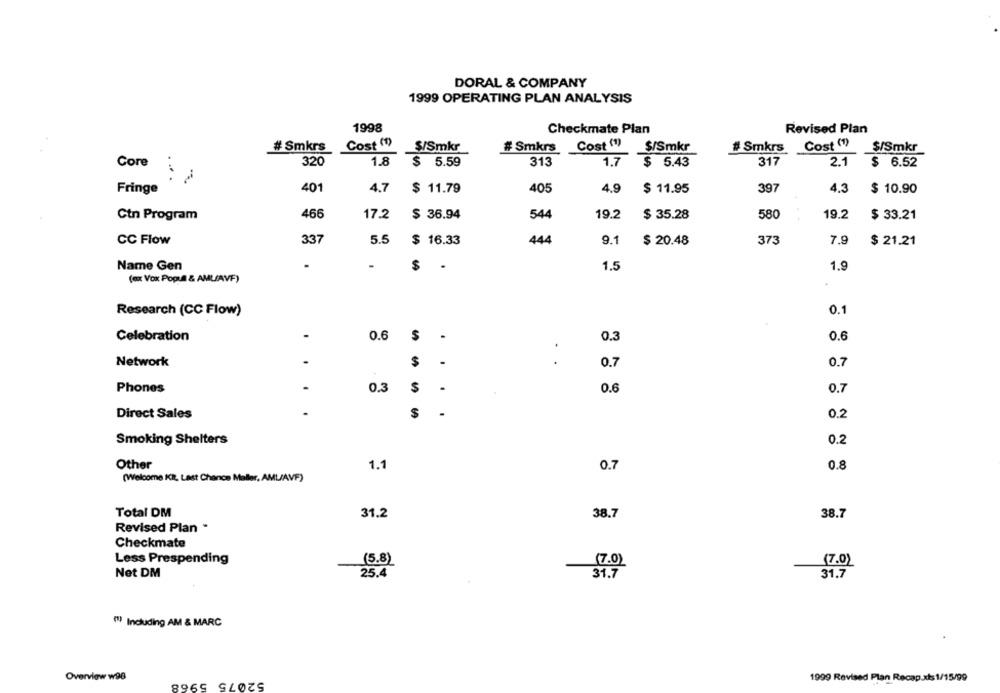
DORAL & COMPANY
1999 OPERATING PLAN ANALYSIS
1998
Checkmate Plan
Revised Plan
Cost (1)
Cost (1)
Cost (1)
# Smkrs
$/Smkr
# Smkrs
$/Smkr
# Smkrs
$/Smkr
Core
320
1.8
$ 5.59
313
1.7 $ 5.43
317
2.1 $ 6.52
Fringe
401
4.7
$ 11.79
405
4.9
$ 11.95
397
4.3
$ 10.90
466
17.2
$ 36.94
544
19.2
$ 35.28
580
19.2
Ctn Program
$ 33.21
CC Flow
337
5.5
$ 16.33
444
9.1
$ 20.48
373
7.9
$ 21.21
-
Name Gen
$ .
1.5
1.9
(ex Vox Populi & AMLIAVF)
Research (CC Flow)
0.1
Celebration
-
0.6
S
0.3
0.6
.
.
Network
$
0.7
0.7
Phones
0.3
$
0.6
0.7
Direct Sales
-
$
0.2
Smoking Shelters
0.2
Other
1.1
0.7
0.8
(Welcome KR, Last Chance Maller, AML/AVF)
Total DM
31.2
38.7
38.7
Revised Plan .
Checkmate
Less Prespending
(5.8)
(7.0)
(7.0)
Net DM
25.4
31.7
31.7
(1) Including AM & MARC
Overview w96
52075 5968
1999 Revised Plan Recap.xis 1/15/99